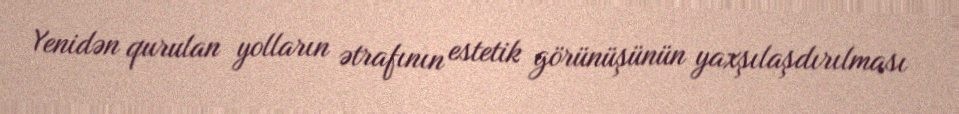
Yenidən qurulan yolların ətrafının estetik görünüşünün yaxşılaşdırılması